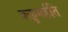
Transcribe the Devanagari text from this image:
वक्तुमर्हति